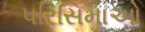
પરિસિમાઓ